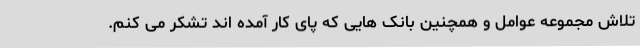
تلاش مجموعه عوامل و همچنین بانک هایی که پای کار آمده اند تشکر می کنم.